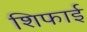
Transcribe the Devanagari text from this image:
शिफाई